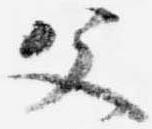
父